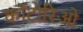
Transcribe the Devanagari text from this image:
कॉटोरिओ